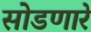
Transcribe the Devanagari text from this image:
सोडणारे